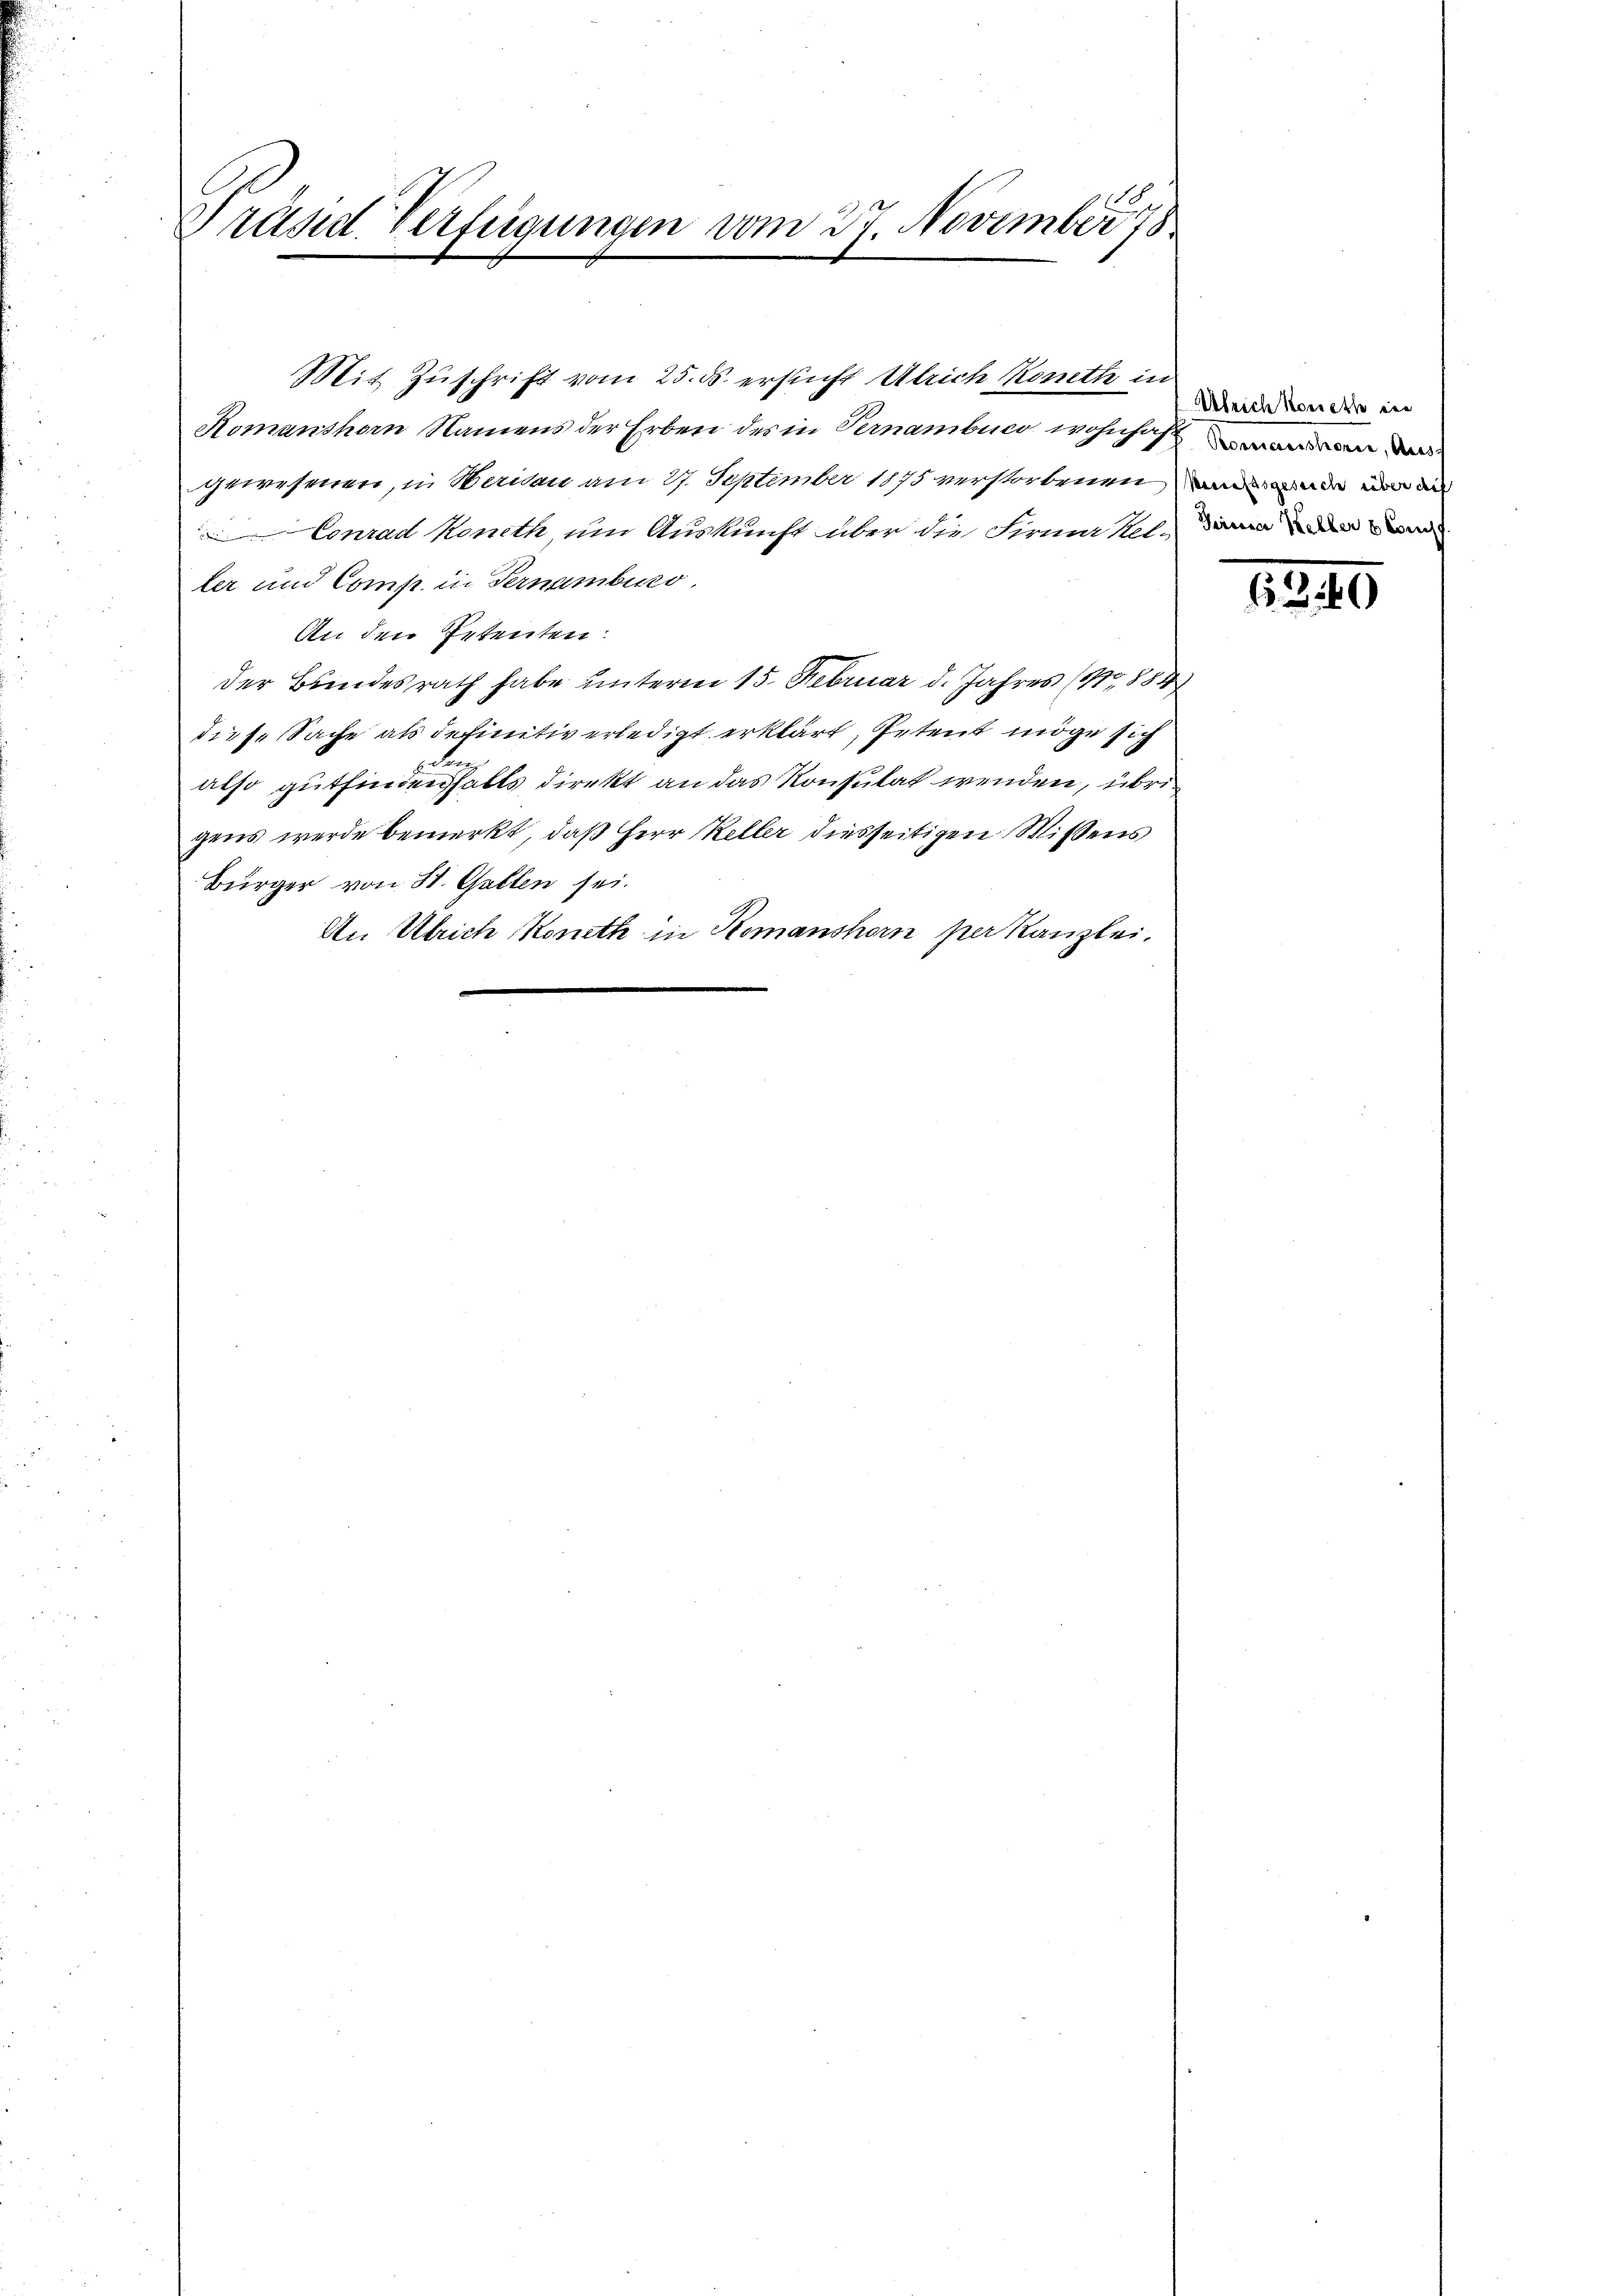
C
Präsid. Verfügungen vom 27. November 178

Mit Zuschrift vom 25. ds. ersucht Ulrich Konthe in
Romanshorn Namens der Erben des in Pernambuco wohnhaften d
gewesenen, in Meridau am 27. September 1875 verstorbenen und inde in d
Conrad Moneth, um Auskunft über die Firne solden werde
ler und Comp. in Ternambico.
An den Petenten:
der Bundesrath habe unterm 15. Februar d. Jahres (189884
diese Sache als definitiv erledigt erklärt, Petent möge sich
e
also gutfindenfalls direkt an das Konsulat wenden, übrigens werde bemerkt, daß Herr Keller diesseitigen Wissens
Bürger von St. Gallen sei.
An Ulrich Koneth in Komanshorn per kanzlei.

Alrich konette ein

1340